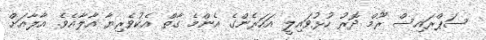
ސަޕްރައިސް ރޫމް ދޮރު ހުޅުވައިލީ އަހަރެންގެ އެންމެ ގާތް އެކުވެރިޔާ އާލާއެވެ. އާލާއަށް